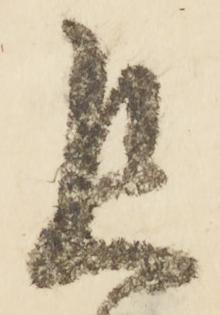
且